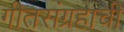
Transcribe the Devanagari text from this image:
गीतसंग्रहाची